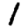
Digit: 1